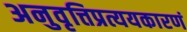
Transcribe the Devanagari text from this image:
अनुवृत्तिप्रत्ययकारणं